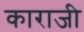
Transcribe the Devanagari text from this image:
काराजी